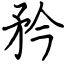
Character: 矜